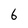
Character: 6